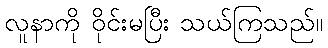
လူနာကို ဝိုင်းမပြီး သယ်ကြသည်။